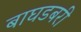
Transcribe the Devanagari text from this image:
बाघडबरी